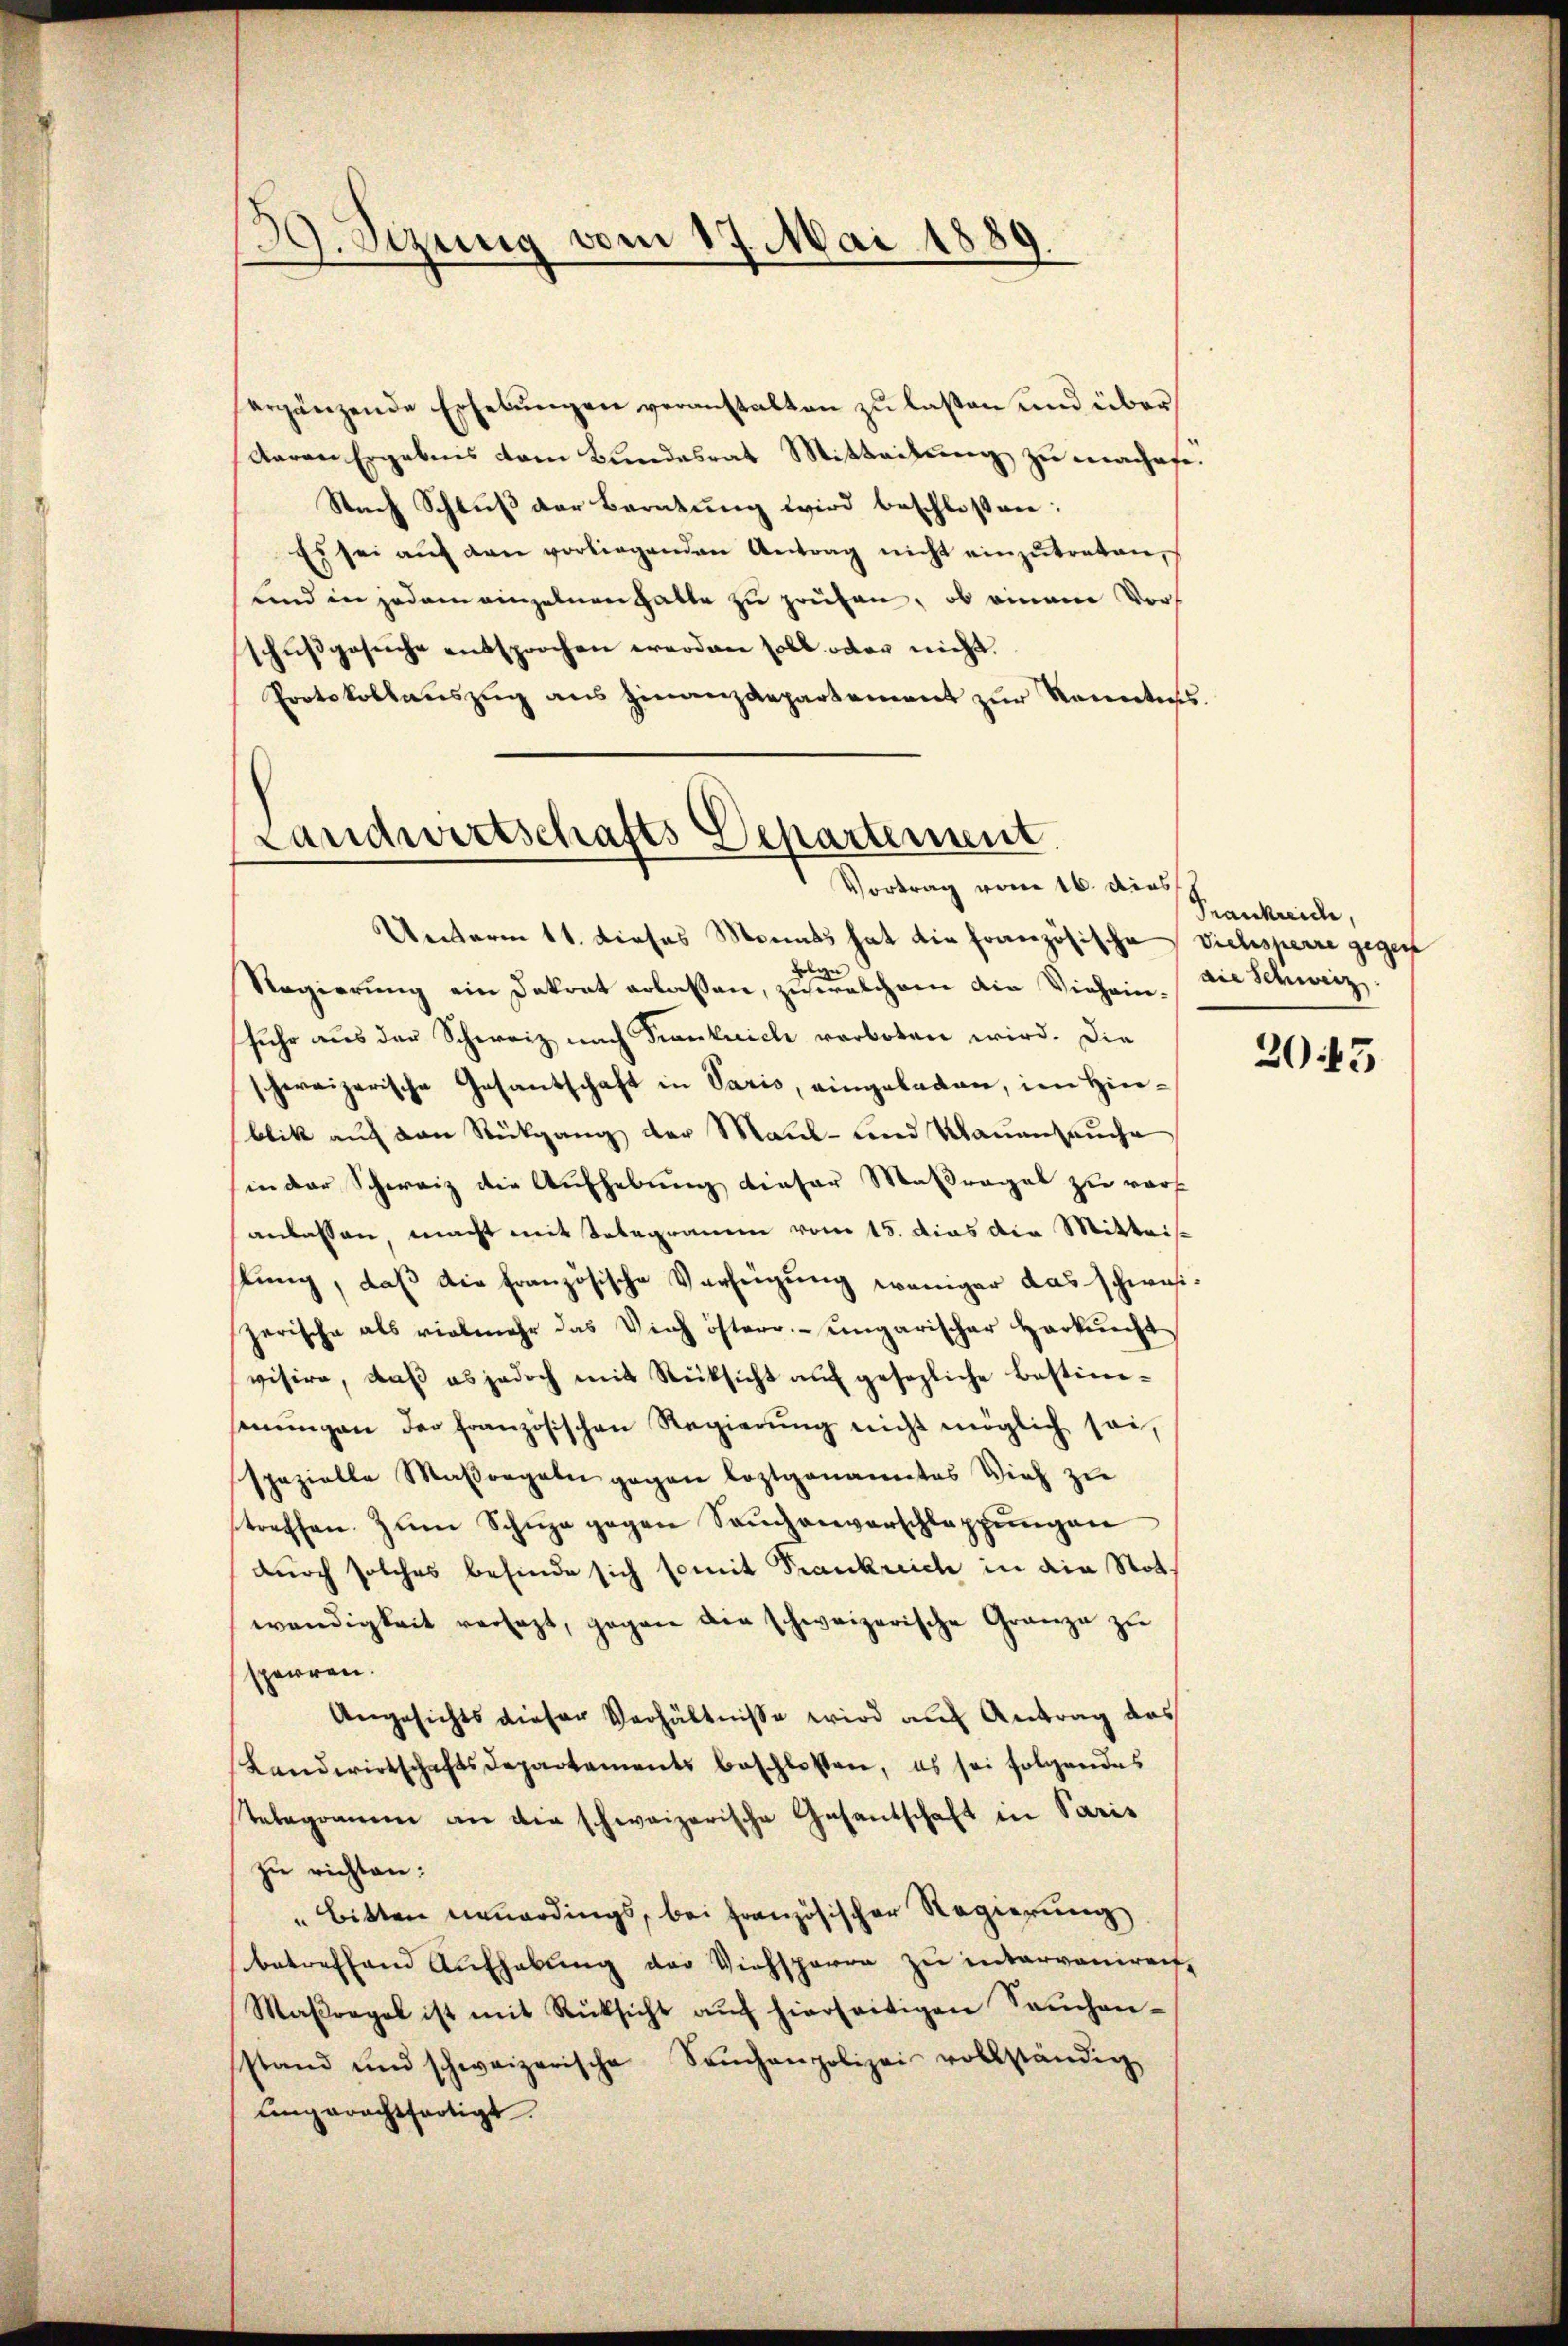
39. Sizung vom 17. Mai 1889.

ergänzende Erhebungen veranstalten zu laßen und über
Aaron Ergebnis dem Bundesrat Mitteilung zu machete.
Nach Schlŭβ der Beratŭng wird beschlossen:
Es sei aŭf den vorliegenden Antrag nicht einzŭtreten,
und in jedem einzelnen hatte zu prüfen, ob einem Vorschußgesŭche entsprochen werden soll oder nicht.
Protokollauszug aus Finanzdepartement zur Kenntnis.

Landwirtschafts Departement
Vortrag vom 16. dies

Unterm 11. Dieses Monats hat die französische Viehsperre gegen
Folge
Regierung ein Dokrat erlassen, zu welchem die Viehein, (die Schweiz.
fuhr aus der Schweiz nach Frankrich verboten wird. Die
schereizerische Gesantschaft in Paris, eingeladen, im Hinblik auf den Rückgang der Maul- und Raumsauche
sin der Schweiz die Aufhebung dieser Maßregel zu verf
anlassen, macht mit Telegramm vom 15. dies der Mitteisstung, daß die französische Verfügung weniger das schweizerische als vielmehr das Vieh österr. ungarischer Harkŭnft
visire, daβ es jedoch mit Rücksicht aŭf gesezliche Bestim-
seŭngen der französischen Regierŭng nicht möglich sei,
spezielle Maßregeln gegen leztgenanntes Vieh zŭ
treffen. Zum Schŭza gegen Sachenverschlappŭngen
durch solches befinde sich somit Frankreich in die Not.
wendigkeit versagt, gegen die schweizerische Granze zu
sperren.
Angesichts dieser Verhältnisse wird auf Antrag des
Landwirtschaftsdepartements beschlossen, es sei folgendes
Telegramm an die schweizerische Gesandschaft in Paris
zu richten:
" Bitten neuerdings, bei französischer Regierung
betreffend Aufhebung der Viehsperre zu interveniren,
Maβragal ist mit Rücksicht aŭf hierseitigen Sachen-
stand und schweizerische Seuchenpolizei vollständig
lingerechtfertigt.

Frankreiche,
2045